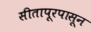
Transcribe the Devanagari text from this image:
सीतापूरपासून